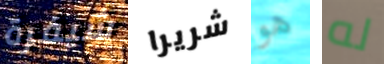
شيفرة شريرا هو له